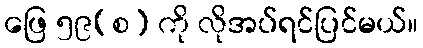
ဖြေ ၅၉(စ) ကို လိုအပ်ရင်ပြင်မယ်။